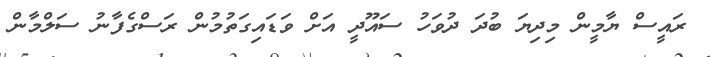
ރައީސް ޔާމީން މިދިޔަ ބުދަ ދުވަހު ސައޫދީ އަށް ވަޑައިގަތުމުން ރަސްގެފާނު ސަލްމާން